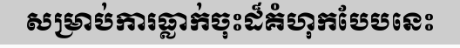
សម្រាប់ការធ្លាក់ចុះដ៏គំហុកបែបនេះ